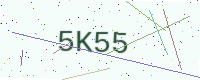
Text: 5K55